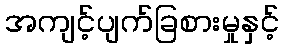
အကျင့်ပျက်ခြစားမှုနှင့်